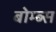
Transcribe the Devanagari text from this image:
बोम्ब्स